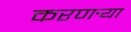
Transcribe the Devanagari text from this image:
करणर्‍या